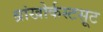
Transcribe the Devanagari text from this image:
ब्रांखोर्कस्टसूट